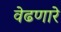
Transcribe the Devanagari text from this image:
वेढणारे